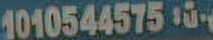
1010544575-